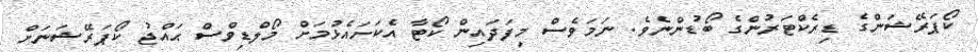
ކޯޕަރޭޝަންގެ ޑިރެކްޓަރުންގެ ބޯޑުންނެވެ. ނަމަވެސް މިފަދައިން ކޯޓާ އެކަށައެޅުމަށް މޯލްޑިވްސް ޙައްޖު ކޯޕަރޭޝަނަށް